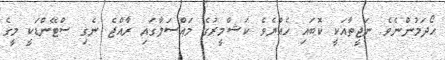
ހޯދަމުންނެވެ. ނަޖީތާއަކީ ކޮބައި ހެއްޔެވެ ކަޝްމީރުގެ މައްސަލާގައި ރާއްޖެ ނެގި ސްޓޭންޑަކީ މީގެ